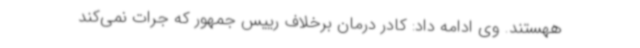
ههستند. وی ادامه داد: کادر درمان برخلاف رییس جمهور که جرات نمی‌کند